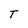
Character: T